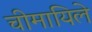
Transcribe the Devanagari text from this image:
चीमायिले